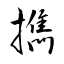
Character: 擕